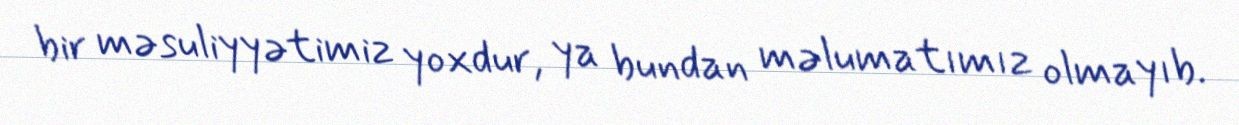
bir məsuliyyətimiz yoxdur, ya bundan məlumatımız olmayıb.